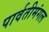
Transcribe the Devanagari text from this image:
पार्वतीमंगल